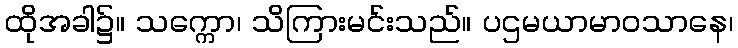
ထိုအခါ၌။ သက္ကော၊ သိကြားမင်းသည်။ ပဌမယာမာဝသာနေ၊